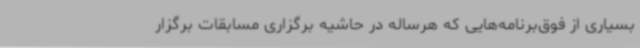
بسیاری از فوق‌برنامه‌هایی که هرساله در حاشیه برگزاری مسابقات برگزار